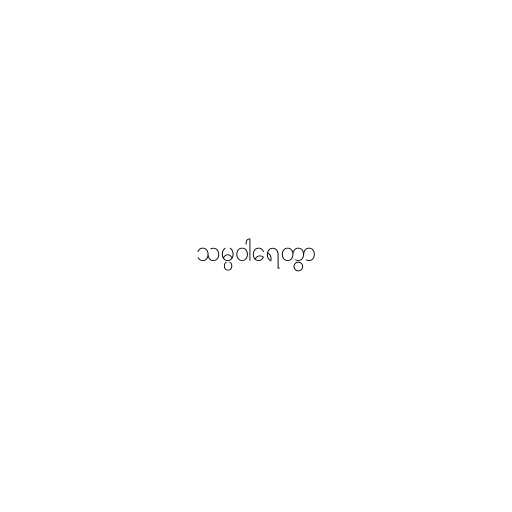
သမ္ပဝါရေတွာ